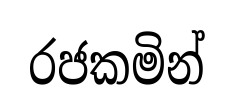
රජකමින්